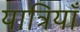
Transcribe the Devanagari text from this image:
यात्रियाँ